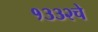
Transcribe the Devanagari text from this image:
१३३२चे